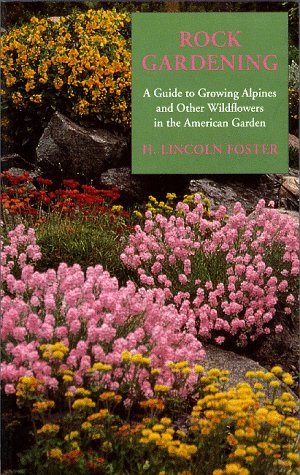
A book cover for Rock Gardening: A Guide to Growing Alpines and Other Wildflowers in the American Garden (Timber horticultural reprint series); H. Lincoln Foster; Crafts, Hobbies & Home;